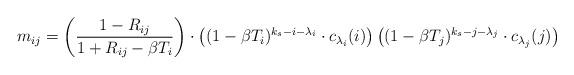
LaTeX: \begin{align*} m_{ij} &= \left( \frac{1-R_{ij}}{1+R_{ij}-\beta T_i} \right)\cdot \left( (1-\beta T_i)^{k_s-i-\lambda_i} \cdot c_{\lambda_i}(i) \right) \left( (1-\beta T_j)^{k_s-j-\lambda_j}\cdot c_{\lambda_j}(j) \right) \end{align*}